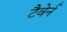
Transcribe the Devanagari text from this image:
टैवेर्न